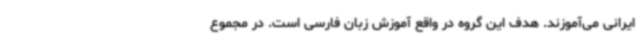
ایرانی می‌آموزند. هدف این گروه در واقع آموزش زبان فارسی است. در مجموع